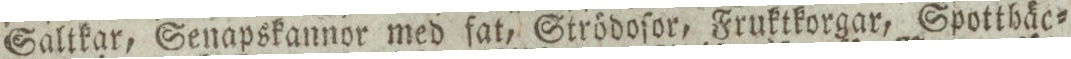
Saltkar, Senapskannor med fat, Strödoſor, Fruktkorgar, Spotthäc=